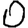
Digit: 0